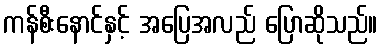
ကန်စီးနောင်နှင့် အပြေအလည် ပြောဆိုသည်။